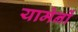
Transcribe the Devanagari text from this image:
यामेनों